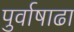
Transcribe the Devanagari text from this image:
पुर्वाषाढा